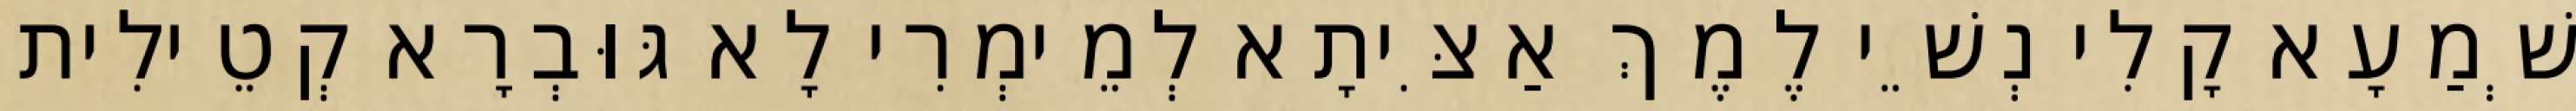
שְׁמַעָא קָלִי נְשֵׁי לֶמֶךְ אַצִּיתָא לְמֵימְרִי לָא גּוּבְרָא קְטֵילִית